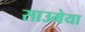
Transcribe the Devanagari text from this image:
साउमेया